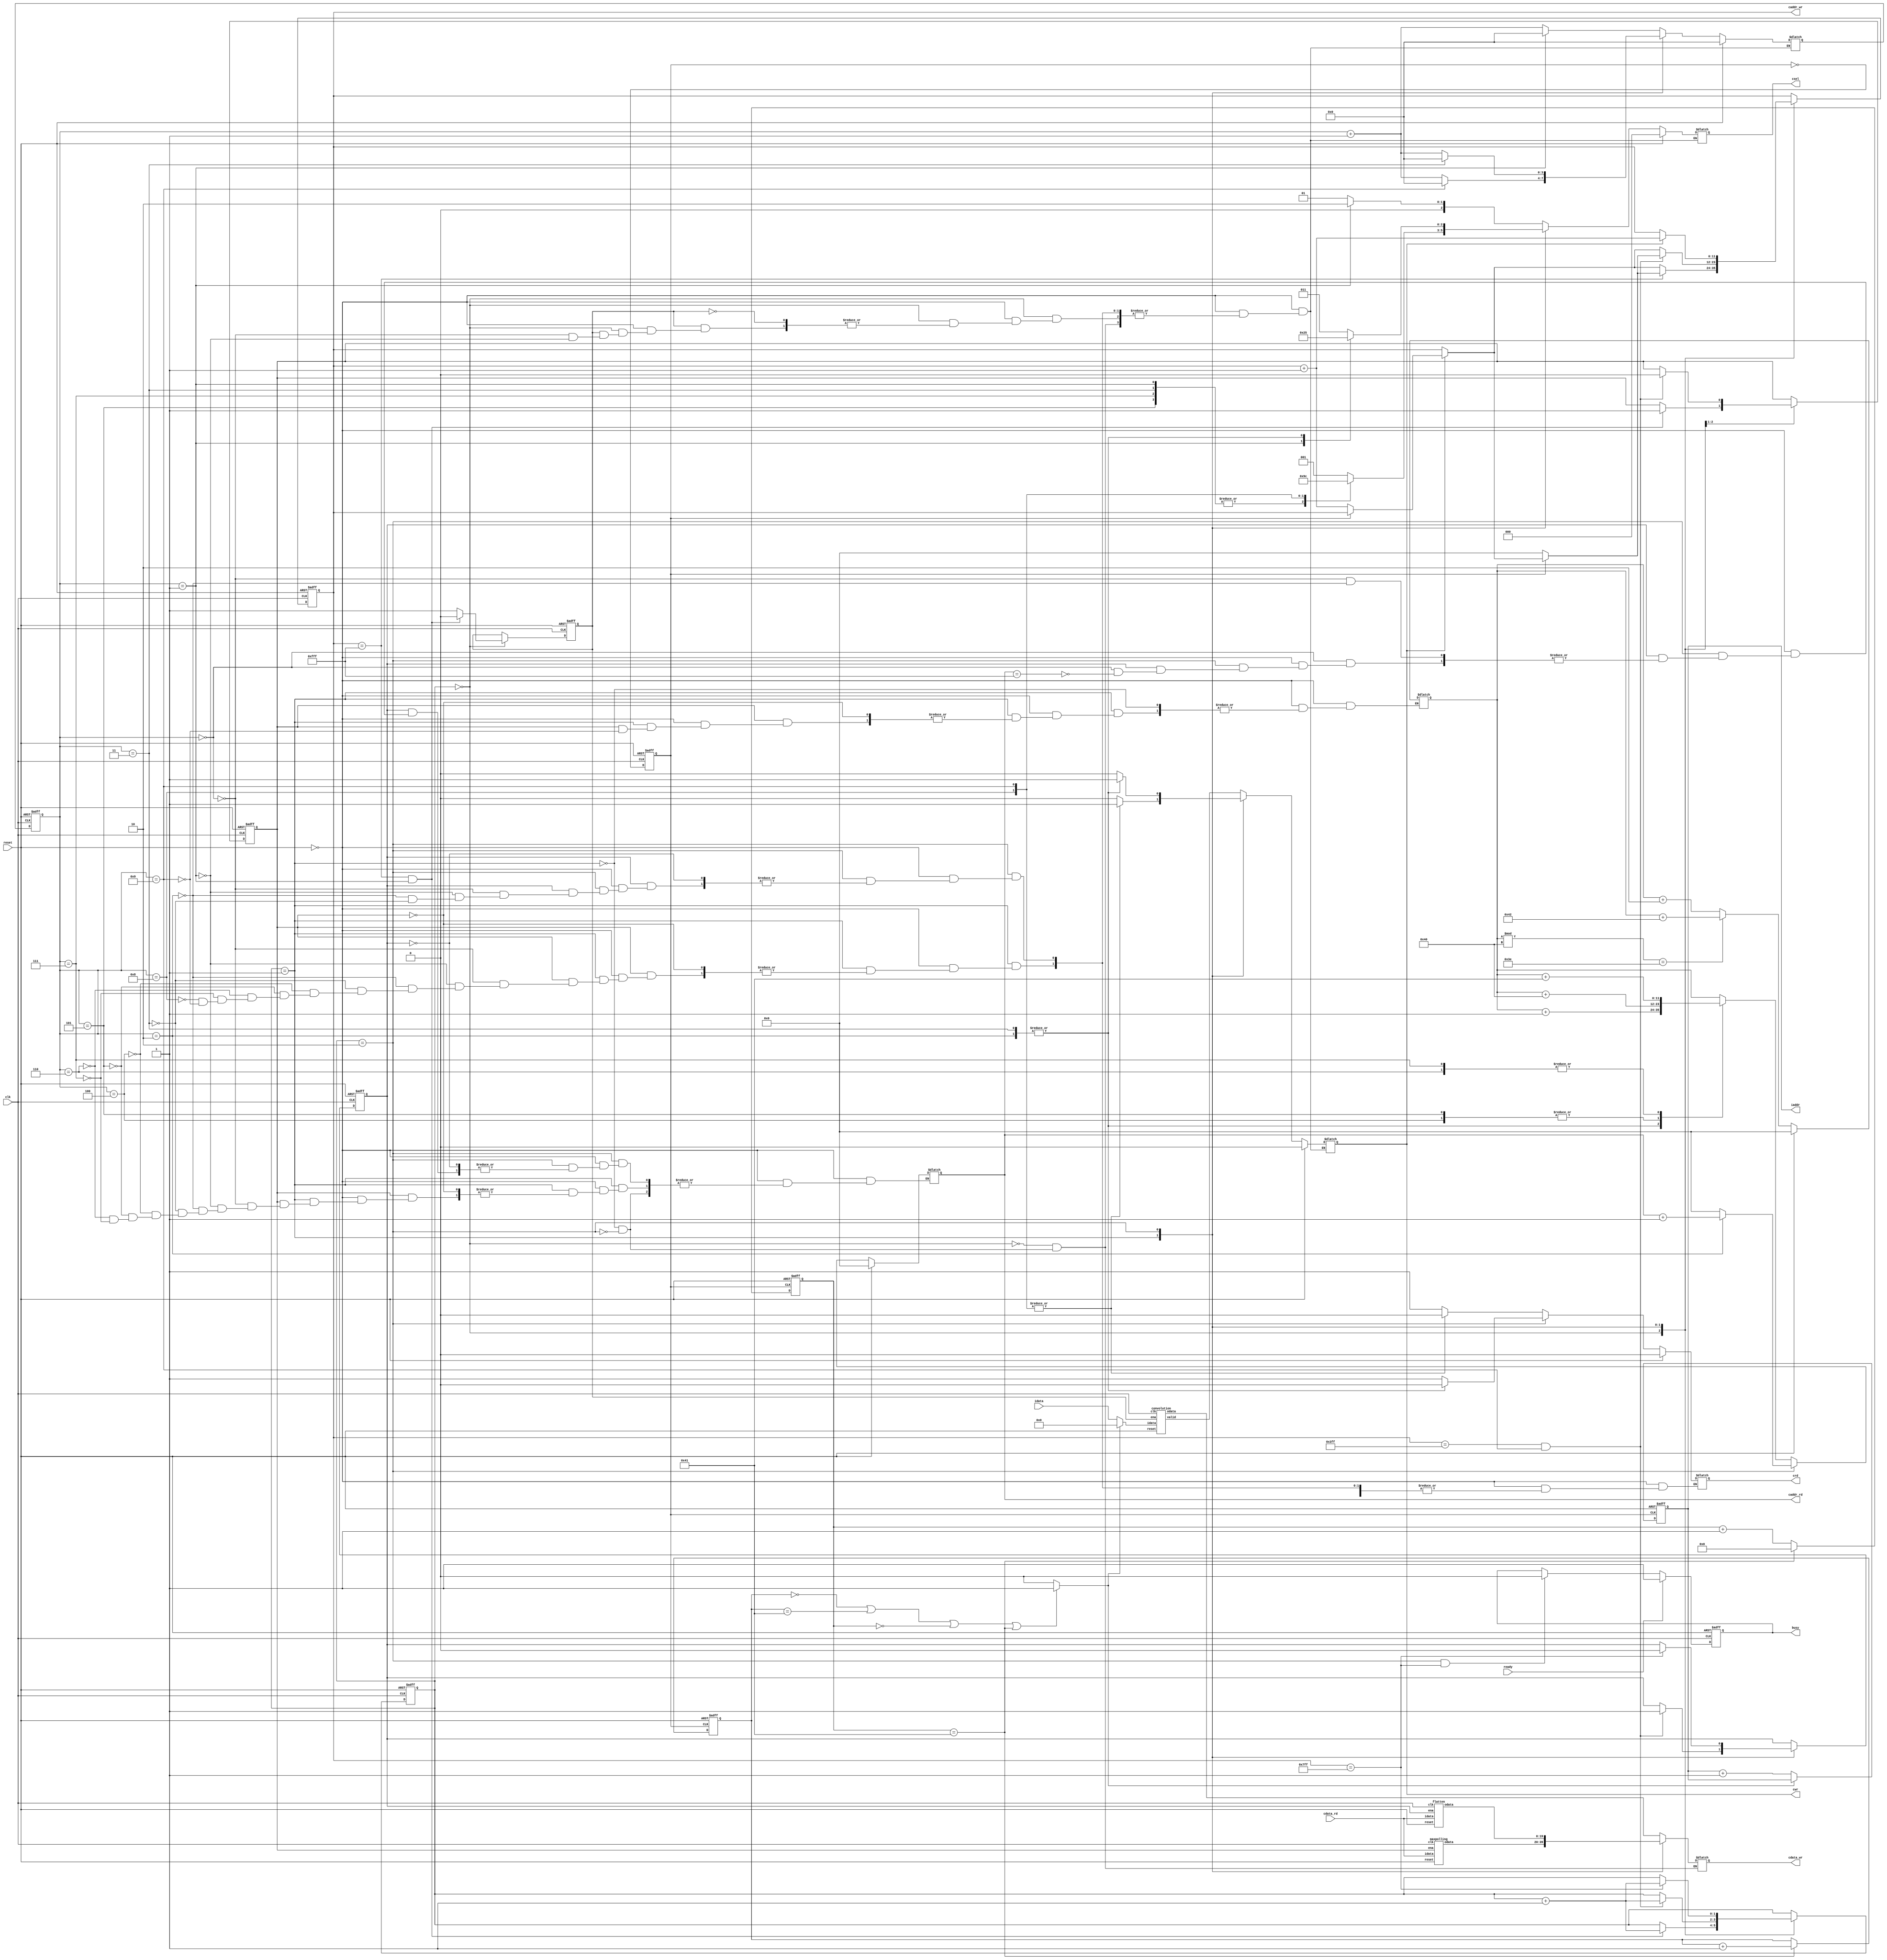

module  CONV(
	input		clk,
	input		reset,
	output		reg busy,	
	input		ready,	
			
	output		reg [11:0]iaddr,
	input		[19:0]idata,	
	
	output	 	cwr,
	output	 	[11:0]caddr_wr,
	output	 	[19:0]cdata_wr,
	
	output	 	crd,
	output	 	[11:0]caddr_rd,
	input	 	[19:0]cdata_rd,
	
	output	  	[2:0]csel
	);

	//output reg

	reg reg_crd;
	//reg [19:0]reg_cdata_rd;
	reg [11:0]reg_caddr_rd;

	reg reg_cwr;
	reg [19:0]reg_cdata_wr;
	reg [11:0]reg_caddr_wr;
	
	reg [2:0]reg_csel;

	assign cwr = reg_cwr;
	assign caddr_wr = reg_caddr_wr;
	assign cdata_wr = reg_cdata_wr;

	assign crd = reg_crd;
	assign caddr_rd = reg_caddr_rd;
	//assign cdata_rd = reg_cdata_rd;

	assign csel = reg_csel;

	//sys start sig
	wire flag_padding;
	reg [6:0] row_count;
	reg [6:0] col_count;

	reg [1:0] state;
	reg [3:0] csel_state;
	reg [3:0] next_csel_state;

	reg ena_conv;
	reg ena_max;
	reg ena_flatten;

	reg clk2;
	wire [19:0]idata_conv;
	wire [19:0]odata_conv;
	wire [19:0]odata_max;
	wire [19:0]odata_flatten;

	wire valid_conv;

	reg [11:0]index_caddr_rd;

	convolution convolution(.clk(clk), .reset(reset), .ena(ena_conv), .idata(idata_conv), .odata(odata_conv), .valid(valid_conv));
	maxpolling maxpolling(.clk(clk), .reset(reset), .ena(ena_max), .idata(cdata_rd), .odata(odata_max));
	flatten flatten(.clk(clk), .reset(reset), .ena(ena_flatten), .idata(cdata_rd), .odata(odata_flatten));

	//freq divider
	always @(posedge clk or posedge reset) begin
		if(reset)begin
			clk2 <= 0;
		end
		else begin
			clk2 <= ~clk2;
		end
	end

	//sys start signal
	always @(posedge clk or posedge reset) begin
		if(reset)begin
			busy <= 1'b0;
		end
		else begin
			if(ready)begin
				busy <= 1'b1;	
			end
			else begin
				if(state == 2'b10 & caddr_wr == 2047)begin
					busy <= 0;
				end
			end	
		end
	end

	//state transition
	always @(posedge clk or posedge reset) begin
		if(reset)begin
			ena_conv <= 0;
			ena_max <= 0;
			ena_flatten <= 0;
			state <= 2'b00;
		end
		else begin
			case(state)
				2'b00:begin
					ena_conv <= 1;
					if(caddr_wr == 4095 & csel_state == 4'b1)begin
						state <= state + 1'b1;
						ena_conv <= 0;
						ena_max <= 1;
					end
				end
				2'b01:begin
					if(caddr_wr == 1023 & csel_state == 4'd9)begin
						state <= state + 1'b1;
						ena_max <= 0;
						ena_flatten <= 1;
					end
				end
				2'b10:begin
					if(caddr_wr == 2047)begin
						state <= state + 1'b1;
						ena_flatten <= 0;
					end
				end
				default: state<=state;
			endcase
		end
	end

	//pixel counter
	always @(posedge clk2 or posedge reset) begin
		if(reset)begin
			row_count <= 0;
			col_count <= 0;
		end
		else begin
			if(row_count == 7'd65)begin
				row_count <= 0;
				col_count <= col_count + 1;
			end
			else begin
				row_count <= row_count + 1;
			end
		end
	end

	//input data selector for zero padding
	always @(posedge clk2 or posedge reset) begin
		if(reset)begin
			iaddr <= 12'd0;
		end
		else begin
			if(flag_padding)begin
				iaddr <= iaddr;
			end
			else begin
				iaddr <= iaddr + 1;
			end
		end			
	end
	assign idata_conv = (flag_padding)? 20'd0:idata;
	assign flag_padding = (col_count == 7'd0 | col_count == 7'd65 | row_count == 7'd0 | row_count == 7'd65)?1:0;

	//caddr_wr adder
	always @(posedge clk or posedge reset ) begin
		if(reset)begin
			reg_caddr_wr <= 0;
		end
		else begin
			case(state)
				2'd0:begin
					if(cwr)begin
						if(clk2==0)begin
							reg_caddr_wr <= reg_caddr_wr + 1;
						end
					end
					else begin
						reg_caddr_wr <= reg_caddr_wr;
					end
					if(reg_caddr_wr == 12'd4095)begin
						if(clk2==0)begin
							reg_caddr_wr <= 0;
						end
					end
				end
				2'd1:begin
					if(cwr)begin
						if(clk2==0)begin
							reg_caddr_wr <= reg_caddr_wr + 1;
						end
					end
					else begin
						reg_caddr_wr <= reg_caddr_wr;
					end
					if(reg_caddr_wr == 12'd1023 & csel_state == 4'd9)begin
						if(clk2==0)begin
							reg_caddr_wr <= 0;
						end
					end
				end
				2'd2:begin
					if(cwr)begin
							reg_caddr_wr <= reg_caddr_wr + 1;
					end
					else begin
						reg_caddr_wr <= reg_caddr_wr;
					end
				end

			endcase
		end
	end

	//assign cdata_wr for diff state
	always @(*) begin
		case(state)
			2'd0:begin
				reg_cdata_wr = odata_conv;
			end
			2'd1:begin
				reg_cdata_wr = odata_max;
			end
			2'd2:begin
				reg_cdata_wr = odata_flatten;
			end
		endcase
	end

	//state mechine
	always @(posedge clk or posedge reset) begin
		if(reset)begin
			csel_state = 0;
		end
		else begin
			csel_state <= next_csel_state;
		end
	end
	always @(*) begin
		if(reset)begin
			next_csel_state <= 0;
			reg_csel = 0;
			reg_caddr_rd = 0;
			index_caddr_rd = 0;
			reg_crd = 0;
			reg_cwr = 0;
		end
		else begin
			case(state)
				2'd0:begin
					if(ena_conv)begin
						case(csel_state)
							4'd0:begin
								reg_csel = 1;
								next_csel_state = csel_state + 1;
								reg_cwr = valid_conv;
							end
							4'd1:begin
								reg_csel = 2;
								next_csel_state = 0;
								reg_cwr = valid_conv;
							end
						endcase				
					end
				end
				2'd1:begin
					if(ena_max)begin
						case(csel_state)
							4'd0:begin
								reg_csel = 1;
								next_csel_state = csel_state + 1;
								reg_caddr_rd = index_caddr_rd;
								reg_crd = 1;
								reg_cwr = 0;
							end
							4'd1:begin
								reg_csel = 2;
								next_csel_state = csel_state + 1;
								reg_caddr_rd = index_caddr_rd;
								reg_crd = 1;
								reg_cwr = 0;
							end
							4'd2:begin
								reg_csel = 1;
								next_csel_state = csel_state + 1;
								reg_caddr_rd = index_caddr_rd + 1;
								reg_crd = 1;
								reg_cwr = 0;
							end
							4'd3:begin
								reg_csel = 2;
								next_csel_state = csel_state + 1;
								reg_caddr_rd = index_caddr_rd + 1;
								reg_crd = 1;
								reg_cwr = 0;
							end
							4'd4:begin
								reg_csel = 1;
								next_csel_state = csel_state + 1;
								reg_caddr_rd = index_caddr_rd + 64;
								reg_crd = 1;
								reg_cwr = 0;
							end
							4'd5:begin
								reg_csel = 2;
								next_csel_state = csel_state + 1;
								reg_caddr_rd = index_caddr_rd + 64;
								reg_crd = 1;
								reg_cwr = 0;
							end
							4'd6:begin
								reg_csel = 1;
								next_csel_state = csel_state + 1;
								reg_caddr_rd = index_caddr_rd + 65;
								reg_crd = 1;
								reg_cwr = 0;
							end
							4'd7:begin
								reg_csel = 2;
								next_csel_state = csel_state + 1;
								reg_caddr_rd = index_caddr_rd + 65;
								reg_crd = 1;
								reg_cwr = 0;
							end
							4'd8:begin
								reg_csel = 3;
								next_csel_state = csel_state + 1;
								reg_crd = 0;
								reg_cwr = 1;
							end
							4'd9:begin
								reg_csel = 4;
								next_csel_state = 0;
								reg_crd = 0;
								reg_cwr = 1;
								if(index_caddr_rd % 64 == 62)begin
									index_caddr_rd = index_caddr_rd + 66;
								end
								else begin
									index_caddr_rd = index_caddr_rd + 2;
								end
							end
						endcase				
					end
				end
				2'd2:begin
					if(ena_flatten)begin
						case(csel_state)
							4'd0:begin
								if(caddr_rd == 12'd4095)begin
									reg_caddr_rd = 0;
								end
								reg_csel = 3;
								next_csel_state = csel_state + 1;
								reg_crd = 1;
								reg_cwr = 0;
							end
							4'd1:begin
								reg_csel = 4;
								next_csel_state = csel_state + 1;
								reg_crd = 1;
								reg_cwr = 0;
							end
							4'd2:begin
								reg_caddr_rd = reg_caddr_rd + 1;
								reg_csel = 5;
								next_csel_state = csel_state + 1;
								reg_crd = 0;
								reg_cwr = 1;
							end
							4'd3:begin
								reg_csel = 5;
								next_csel_state = 0;
								reg_crd = 0;
								reg_cwr = 1;
							end
						endcase				
						
					end
				end
			endcase
		end
	end
	
endmodule
	

module convolution(input clk, input reset, input ena, input [19:0]idata, output [19:0]odata, output valid);
	parameter [19:0] bias0 = 20'h01310;
	parameter [19:0] k0_00 = 20'h0A89E;
	parameter [19:0] k0_01 = 20'h092D5;
	parameter [19:0] k0_02 = 20'h06D43;
	parameter [19:0] k0_10 = 20'h01004;
	parameter [19:0] k0_11 = 20'hF8F71;
	parameter [19:0] k0_12 = 20'hF6E54;
	parameter [19:0] k0_20 = 20'hFA6D7;
	parameter [19:0] k0_21 = 20'hFC834;
	parameter [19:0] k0_22 = 20'hFAC19;

	parameter [19:0] bias1 = 20'hF7295;
	parameter [19:0] k1_00 = 20'hFDB55;
	parameter [19:0] k1_01 = 20'h02992;
	parameter [19:0] k1_02 = 20'hFC994;
	parameter [19:0] k1_10 = 20'h050FD;
	parameter [19:0] k1_11 = 20'h02F20;
	parameter [19:0] k1_12 = 20'h0202D;
	parameter [19:0] k1_20 = 20'h03BD7;
	parameter [19:0] k1_21 = 20'hFD369;
	parameter [19:0] k1_22 = 20'h05E68;

	reg [19:0] kernel0[8:0];
	reg [19:0] kernel1[8:0];

	reg [19:0] b0;
	reg [19:0] b1;
	reg [19:0] linebuffer0[65:0];
	reg [19:0] linebuffer1[65:0];
	reg [19:0] linebuffer2[65:0];
	reg flag_linebuffer_full;

	reg [39:0] product0[8:0];
	reg [39:0] product1[8:0];
	reg [39:0] add0;
	reg [39:0] add1;
	reg [19:0] round0;
	reg [19:0] round1;
	reg [19:0] relu0;
	reg [19:0] relu1;
	integer i;
	reg [7:0]counter;
	reg clk2;

	initial begin
		b0 = bias0;
		b1 = bias1;
		kernel0[0] = k0_00;
		kernel0[1] = k0_01;
		kernel0[2] = k0_02;
		kernel0[3] = k0_10;
		kernel0[4] = k0_11;
		kernel0[5] = k0_12;
		kernel0[6] = k0_20;
		kernel0[7] = k0_21;
		kernel0[8] = k0_22;
		kernel1[0] = k1_00;
		kernel1[1] = k1_01;
		kernel1[2] = k1_02;
		kernel1[3] = k1_10;
		kernel1[4] = k1_11;
		kernel1[5] = k1_12;
		kernel1[6] = k1_20;
		kernel1[7] = k1_21;
		kernel1[8] = k1_22;
	end

	//clk divider
	always @(posedge clk or posedge reset) begin
		if(reset)begin
			clk2 <= 0;
		end
		else begin
			clk2 <= ~clk2;
		end
	end

	// line buffer shift
	always @(posedge clk2 or posedge reset) begin
		if(reset)begin
			for(i = 0; i < 64; i = i + 1)begin
				linebuffer0[i] <= 0;
				linebuffer1[i] <= 0;
			end
			linebuffer2[0]<=0;
			linebuffer2[1]<=0;
			linebuffer2[2]<=0;
		end	
		else begin
			if(ena)begin
				linebuffer0[0] <= idata;
				linebuffer1[0] <= linebuffer0[65];
				linebuffer2[0] <= linebuffer1[65];
				linebuffer2[1] <= linebuffer2[0];
				linebuffer2[2] <= linebuffer2[1];
				for( i = 0; i < 65; i = i + 1)begin
					linebuffer0[i + 1] <= linebuffer0[i];
					linebuffer1[i + 1] <= linebuffer1[i];
				end
			end
			else begin
				
			end
		end
	end

	//66+66+3 for fullfill line buffer, another 4 for first valid answer 66+66+3+4 = 139, 139-1(count from 0) = 138
	always @(posedge clk2 or posedge reset) begin
		if(reset)begin
			counter <= 0;
			flag_linebuffer_full <= 0;
		end
		else begin
			if(ena)begin
				if(flag_linebuffer_full)begin
					if(counter < 8'd65)begin
						counter <= counter + 1;
					end
					else begin
						counter <= 0;
					end
				end
				else begin
					if(counter < 8'd138)begin
						counter <= counter + 1;
					end
					else begin
						counter <= 0;
						flag_linebuffer_full <= 1;
					end
				end
			end
			else begin
				counter <= 0;
				flag_linebuffer_full <= 0;
			end
		end
	end
	assign valid = flag_linebuffer_full && (counter < 8'd64)? 1:0;

	//conv op
	always@(posedge clk2 or posedge reset)begin
		if(reset)begin
			add0 <= 0;
			add1 <= 0;
			round0 <= 0;
			round1 <= 0;
			relu0 <= 0;
			relu1 <= 0;
			for(i = 0; i < 9; i = i + 1)begin
				product0[i] <= 0;
				product1[i] <= 0;
			end
		end
		else begin
			if(ena)begin
				product0[0] <= $signed(kernel0[0]) * $signed(linebuffer2[2]);
				product0[1] <= $signed(kernel0[1]) * $signed(linebuffer2[1]);
				product0[2] <= $signed(kernel0[2]) * $signed(linebuffer2[0]);
				product0[3] <= $signed(kernel0[3]) * $signed(linebuffer1[2]);
				product0[4] <= $signed(kernel0[4]) * $signed(linebuffer1[1]);
				product0[5] <= $signed(kernel0[5]) * $signed(linebuffer1[0]);
				product0[6] <= $signed(kernel0[6]) * $signed(linebuffer0[2]);
				product0[7] <= $signed(kernel0[7]) * $signed(linebuffer0[1]);
				product0[8] <= $signed(kernel0[8]) * $signed(linebuffer0[0]);

				product1[0] <= $signed(kernel1[0]) * $signed(linebuffer2[2]);
				product1[1] <= $signed(kernel1[1]) * $signed(linebuffer2[1]);
				product1[2] <= $signed(kernel1[2]) * $signed(linebuffer2[0]);
				product1[3] <= $signed(kernel1[3]) * $signed(linebuffer1[2]);
				product1[4] <= $signed(kernel1[4]) * $signed(linebuffer1[1]);
				product1[5] <= $signed(kernel1[5]) * $signed(linebuffer1[0]);
				product1[6] <= $signed(kernel1[6]) * $signed(linebuffer0[2]);
				product1[7] <= $signed(kernel1[7]) * $signed(linebuffer0[1]);
				product1[8] <= $signed(kernel1[8]) * $signed(linebuffer0[0]);

				add0 <= $signed(product0[0]) + $signed(product0[1]) + $signed(product0[2]) + 
					$signed(product0[3]) + $signed(product0[4]) + $signed(product0[5]) + 
					$signed(product0[6]) + $signed(product0[7]) + $signed(product0[8]) + {{4{b0[19]}}, b0, 16'h0000}; 
				add1 <= $signed(product1[0]) + $signed(product1[1]) + $signed(product1[2]) + 
					$signed(product1[3]) + $signed(product1[4]) + $signed(product1[5]) + 
					$signed(product1[6]) + $signed(product1[7]) + $signed(product1[8]) + {{4{b1[19]}}, b1, 16'h0000}; 
				round0 <= (add0[15:0]>16'h8000)?add0[35:16]+1:add0[35:16];
				round1 <= (add1[15:0]>16'h8000)?add1[35:16]+1:add1[35:16];
				relu0 <= ($signed(round0)>0)? round0:0;
				relu1 <= ($signed(round1)>0)? round1:0;
			end		
			else begin
			end
		end
	end
	//odata
	assign odata = (clk2)?relu0:relu1;

endmodule

module maxpolling(input clk, input reset, input ena, input [19:0]idata, output [19:0]odata);
	reg [19:0]ans0;
	reg [19:0]ans1;
	reg clk2;
	reg [2:0]counter;

	always @(posedge clk or posedge reset) begin
		if(reset)begin
			clk2 <= 0;
		end
		else begin
			clk2 <= ~clk2;
		end
	end

	always @(posedge clk2 or posedge reset) begin
		if(reset)begin
			counter <= 0;
		end
		else begin
			if(ena)begin
				if(counter == 3'd5)begin
					counter <= 1;				
				end
				else begin
					counter <= counter + 1;
				end
			end
			else begin
				counter <= 0;
			end
		end
	end

	
	always @(posedge clk or posedge reset) begin
		if(reset)begin
			ans0 <= 0;
			ans1 <= 0;
		end
		else begin
			if(ena)begin
				if(counter < 3'd5)begin
					if(clk2)begin
						ans0 <= (ans0>idata)? ans0:idata;
					end
					else begin
						ans1 <= (ans1>idata)? ans1:idata;
					end
				end
				else begin
					if(clk2 == 0)begin
						ans0 <= 0;
						ans1 <= 0;
					end
				end
			end
			else begin
				ans0 <= 0;
				ans1 <= 0;
			end
		end
	end
	assign odata = (clk2)?ans0:ans1;
endmodule

module flatten(input clk, input reset, input ena, input [19:0]idata, output [19:0]odata);
	reg clk2;
	reg [19:0]ans0;
	reg [19:0]ans1;
	always @(posedge clk or posedge reset) begin
		if(reset)begin
			clk2 <= 0;
		end	
		else begin
			clk2 <= ~clk2;
		end
	end
	
	
	always @(posedge clk or posedge reset) begin
		if(reset)begin
			ans0 <= 0;
			ans1 <= 0;
		end
		else begin
			if(ena)begin
				if(clk2)begin
					ans0 <= idata;
				end
				else begin
					ans1 <= idata;
				end
			end
			else begin
				ans0 <= 0;
				ans1 <= 0;
			end
		end
	end
	assign odata = (clk2)?ans0:ans1;

endmodule